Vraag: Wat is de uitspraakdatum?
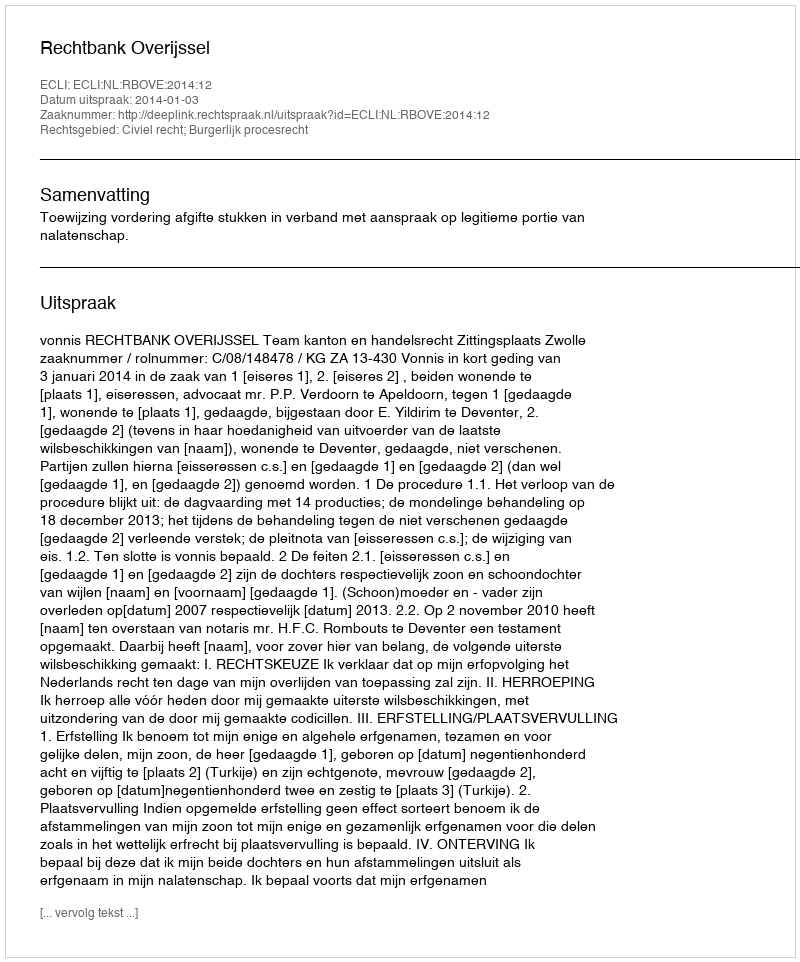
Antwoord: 2014-01-03